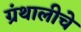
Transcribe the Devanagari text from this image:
ग्रंथालीचे